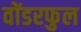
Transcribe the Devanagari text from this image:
वोंडरफुल